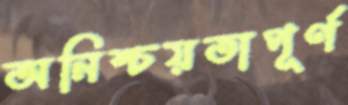
অনিশ্চয়তাপূর্ণ